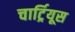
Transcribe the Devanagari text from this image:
चार्ट्रियूस